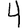
Digit: 4